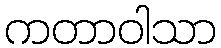
ကတာဝါသာ